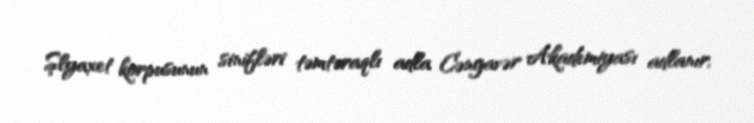
Şlyaxet korpusunun sinifləri təmtəraqlı adla Cəngavər Akademiyası adlanır,